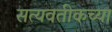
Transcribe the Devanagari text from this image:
सत्यवतीकच्या